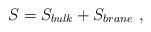
\begin{align*} S = S_{bulk} + S_{brane}\ ,\end{align*}